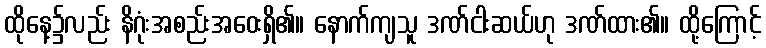
ထိုနေ့၌လည်း နိဂုံးအစည်းအဝေးရှိ၏။ နောက်ကျသူ ဒဏ်ငါးဆယ်ဟု ဒဏ်ထား၏။ ထို့ကြောင့်